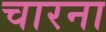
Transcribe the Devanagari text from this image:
चारना